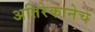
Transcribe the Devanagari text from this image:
अतिरेकानेच